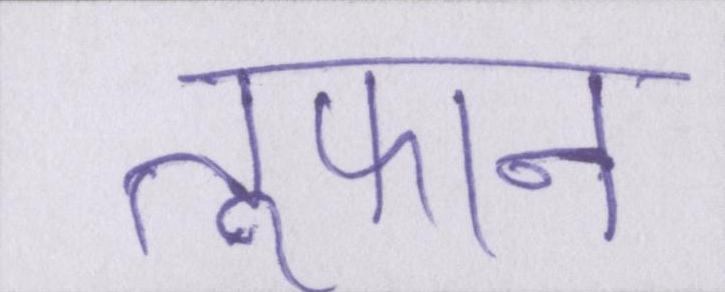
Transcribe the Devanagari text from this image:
तूफान